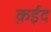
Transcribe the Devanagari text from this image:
क़ईद